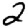
Digit: 2